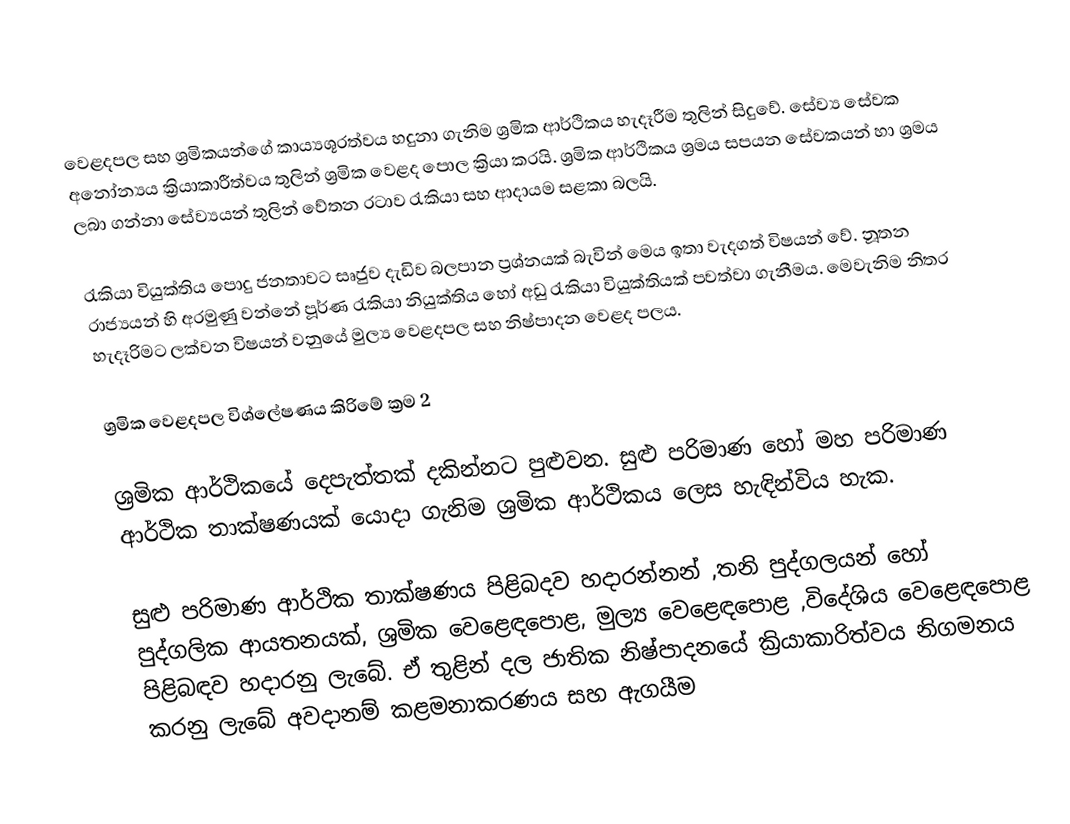
වෙළදපල සහ ශ්‍රමිකයන්ගේ කාය්‍යශූරත්වය හදුනා ගැනිම ශ්‍රමික ආර්ථිකය හැදෑරීම තුලින් සිදුවේ. සේව්‍ය සේවක අනෝන්‍යය ක්‍රියාකාරීත්වය තුලින් ශ්‍රමික වෙළද පොල ක්‍රියා කරයි. ශ්‍රමික ආර්ථිකය ශ්‍රමය සපයන  සේවකයන් හා ශ්‍රමය ලබා ගන්නා සේව්‍යයන් තුලින් වේතන රටාව රැකියා සහ ආදායම සළකා බලයි.

රැකියා වියුක්තිය පොදු ජනතාවට සෘජුව දැඩිව බලපාන ප්‍රශ්නයක් බැවින් මෙය ඉතා වැදගත් විෂයන් වේ. නූතන රාජ්‍යයන් හි අරමුණු වන්නේ පූර්ණ රැකියා නියුක්තිය ‍හෝ අඩු රැකියා වියුක්තියක් පවත්වා ගැනීමය.  මෙවැනිම නිතර හැදෑරිමට ලක්වන විෂයන් වනුයේ මුල්‍ය වෙළදපල සහ නිෂ්පාදන වෙළද පලය.

ශ්‍රමික වෙළදපල විශ්ලේෂණය කිරිමේ ක්‍රම 2

ශ්‍රමික ආර්ථිකයේ දෙපැත්තක්  දකින්නට පුළුවන. සුළු පරිමාණ ‍හෝ මහ පරිමාණ ආර්ථික තාක්ෂණයක් යොදා ගැනිම ශ්‍රමික ආර්ථිකය ලෙස හැඳින්විය හැක.

සුළු පරිමාණ ආර්ථික තාක්ෂණය පිළිබදව  හදාරන්නන් ,තනි පුද්ගලයන් හෝ පුද්ගලික ආයතනයක්, ශ්‍රමික වෙළෙඳපොළ, මුල්‍ය වෙළෙඳපොළ ,විදේශිය වෙ‍ළෙඳපොළ පිළිබඳව හදාරනු ලැබේ. ඒ තුළින් දල ජාතික නිෂ්පාදනයේ ක්‍රියාකාරිත්වය නිගමනය කරනු ලැබේ අවදානම් කළමනාකරණය සහ ඇගයීම